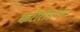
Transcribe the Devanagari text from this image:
करीरोडच्या